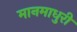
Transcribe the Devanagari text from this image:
मानमाधुरी